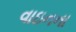
વાઇનના